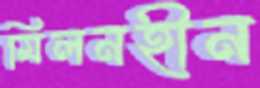
মিলনহীন